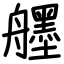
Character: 𦪷